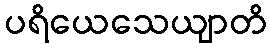
ပရိယေသေယျာတိ